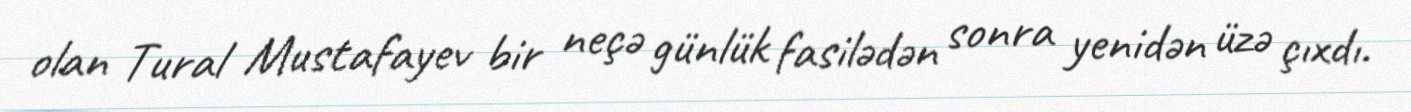
olan Tural Mustafayev bir neçə günlük fasilədən sonra yenidən üzə çıxdı.